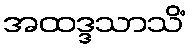
အထဒ္ဒသာသိံ